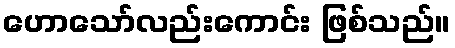
ဟောသော်လည်းကောင်း ဖြစ်သည်။